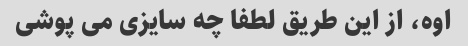
اوه، از این طریق لطفا چه سایزی می پوشی